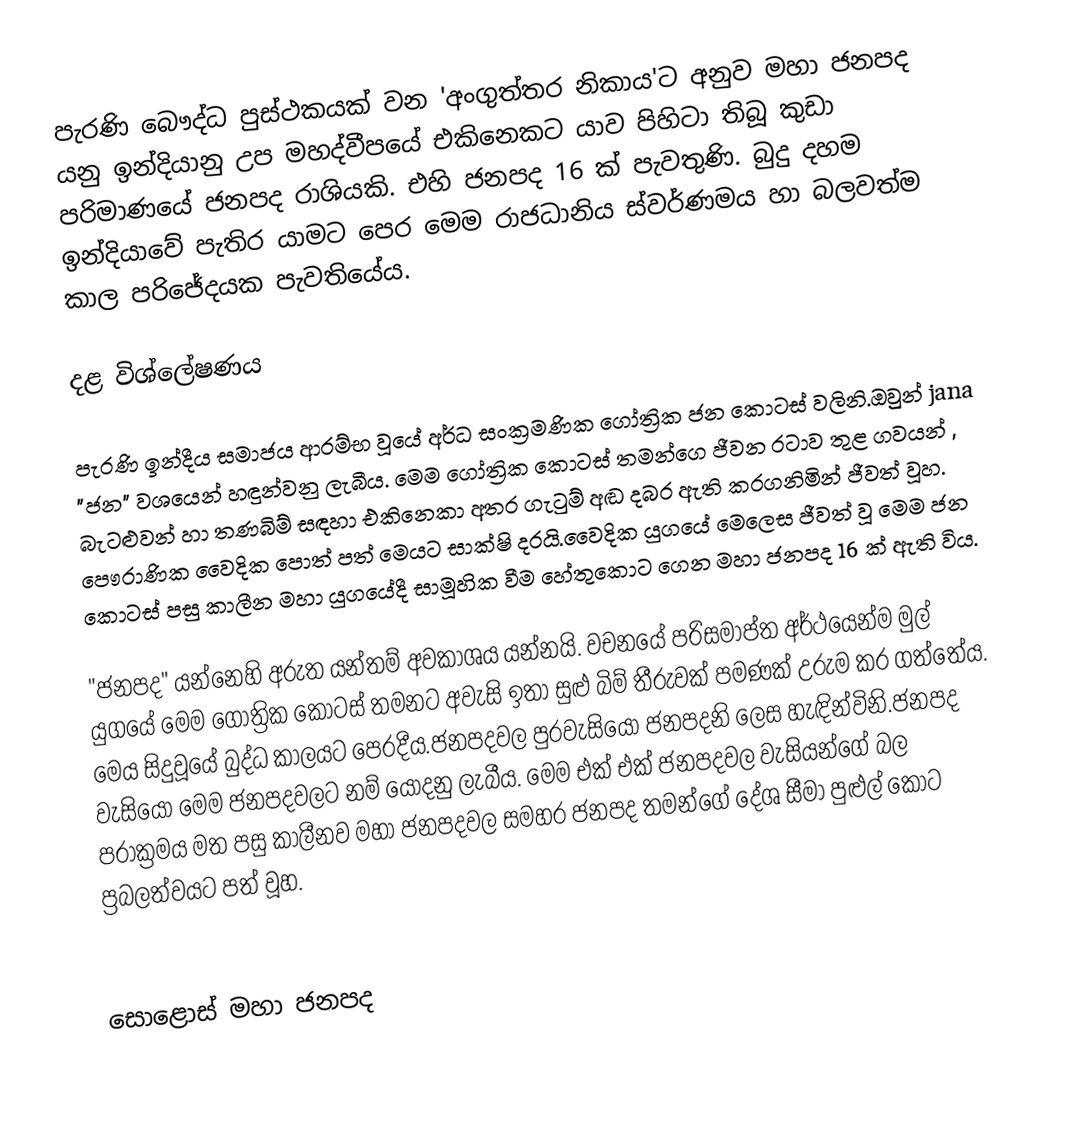
පැරණි බෞද්ධ පුස්ථකයක් වන 'අංගුත්තර නිකාය'ට අනුව මහා ජනපද යනු ඉන්දියානු උප මහද්වීපයේ එකිනෙකට යාව පිහිටා තිබූ කුඩා පරිමාණයේ ජනපද රාශියකි. එහි ජනපද 16 ක් පැවතුණි. බුදු දහම ඉන්දියාවේ පැතිර යාමට පෙර මෙම රාජධානිය ස්වර්ණමය හා බලවත්ම කාල පරිජේදයක පැවතියේය.

දළ විශ්ලේෂණය

පැරණි ඉන්දීය සමාජය ආරම්භ වූයේ අර්ධ සංක්‍රමණික ගෝත්‍රික ජන කොටස් වලිනි.ඔවුන්  jana "ජන" වශයෙන් හඳුන්වනු ලැබීය. මෙම ගෝත්‍රික කොටස් තමන්ගෙ ජීවන රටාව තුළ ගවයන් , බැටළුවන් හා තණබිම් සඳහා එකිනෙකා අතර ගැටුම් අඬ දබර ඇති කරගනිමින් ජීවත් වූහ. පෞරාණික වෛදික පොත් පත් මෙයට සාක්ෂි දරයි.වෛදික යුගයේ මෙලෙස ජීවත් වූ මෙම ජන කොටස් පසු කාලීන මහා යුගයේදී සාමූහික වීම හේතුකොට ගෙන මහා ජනපද 16 ක් ඇති විය.

"ජනපද" යන්නෙහි අරුත යන්තම් අවකාශය යන්නයි. වචනයේ පරිසමාප්ත අර්ථයෙන්ම මුල් යුගයේ මෙම ගෝත්‍රික කොටස් තමනට අවැසි ඉතා සුළු බිම් තීරුවක් පමණක් උරුම කර ගත්තේය. මෙය සිදුවූයේ බුද්ධ කාලයට පෙරදීය.ජනපදවල පුරවැසියෝ ජනපදනි ලෙස හැඳින්විනි.ජනපද වැසියෝ මෙම ජනපදවලට නම් යොදනු ලැබීය. මෙම එක් එක් ජනපදවල වැසියන්ගේ බල පරාක්‍රමය මත පසු කාලීනව මහා ජනපදවල සමහර ජනපද තමන්ගේ දේශ සීමා පුළුල් කොට ප්‍රබලත්වයට පත් වූහ.

සොළොස් මහා ජනපද